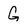
Character: G